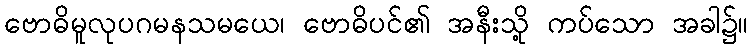
ဗောဓိမူလုပဂမနသမယေ၊ ဗောဓိပင်၏ အနီးသို့ ကပ်သော အခါ၌။